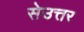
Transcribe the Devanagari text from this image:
सेउत्तर